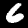
Label: 6